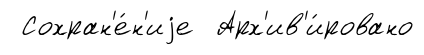
Сохран'е́н'иjе Арх'ив'и́ровано